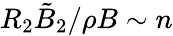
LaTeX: R_{2}\tilde{B}_{2}/\rho B\sim n